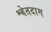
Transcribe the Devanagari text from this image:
श्वेतदाग